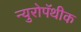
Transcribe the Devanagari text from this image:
न्युरोपॅथीक